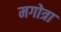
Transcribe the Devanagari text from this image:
मगोत्रा